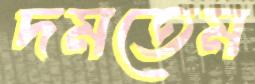
দমতেম